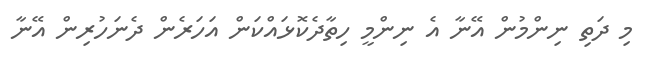
މި ދަތި ނިންމުން އޭނާ އެ ނިންމީ ހިތާދެކޮޅައްކަން އަހަރެން ދެނަހުރިން އޭނާ